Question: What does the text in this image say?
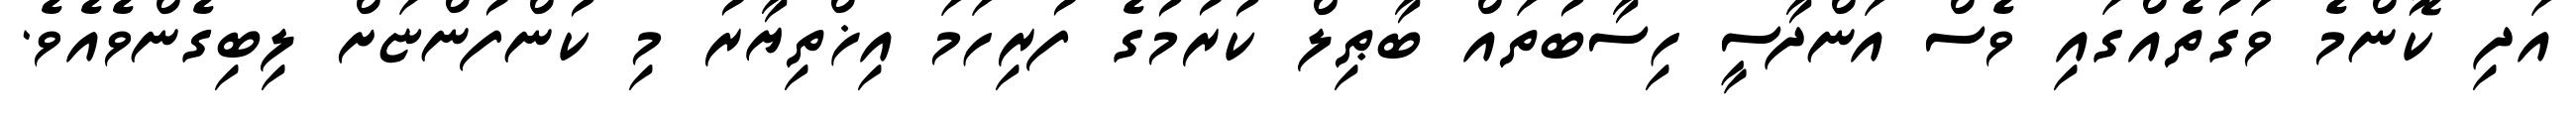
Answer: އަދި ކޮންމެ ވަގުތެއްގައި ވެސް އަންދާސީ ހިސާބުތައް ބާޠިލް ކުރުމުގެ ފުރިހަމަ އިޚްތިޔާރު މި ކުންފުންޏަށް ލިބިގެންވެއެވެ.